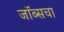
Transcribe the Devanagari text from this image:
जॉब्सचा